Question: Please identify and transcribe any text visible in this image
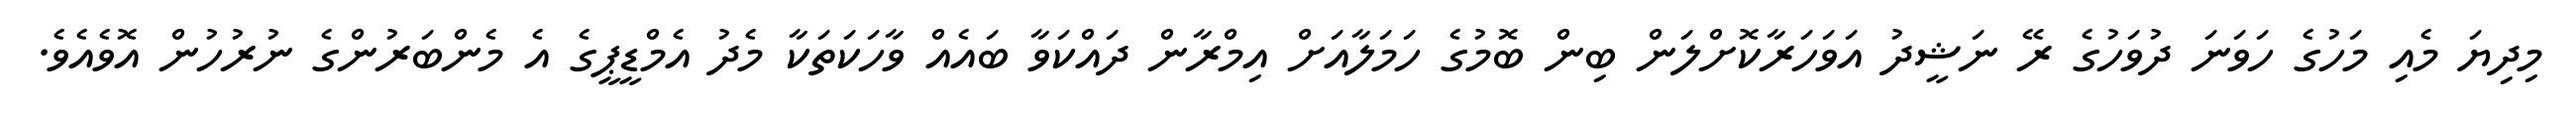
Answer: މިދިޔަ މެއި މަހުގެ ހަވަނަ ދުވަހުގެ ރޭ ނަޝީދު އަވަހަރާކޮށްލަން ބިން ބޮމުގެ ހަމަލާއަށް އިމްރާން ދައްކަވާ ބައެއް ވާހަކަތަކާ މެދު އެމްޑީޕީގެ އެ މެންބަރުންގެ ނުރުހުން އޮވެއެވެ.